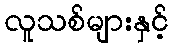
လူသစ်များနှင့်